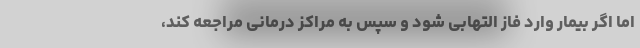
اما اگر بیمار وارد فاز التهابی شود و سپس به مراکز درمانی مراجعه کند،